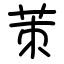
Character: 茦